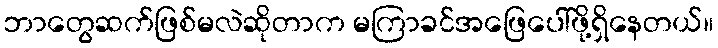
ဘာတွေဆက်ဖြစ်မလဲဆိုတာက မကြာခင်အဖြေပေါ်ဖို့ရှိနေတယ်။